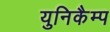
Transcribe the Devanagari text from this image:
युनिकैम्प